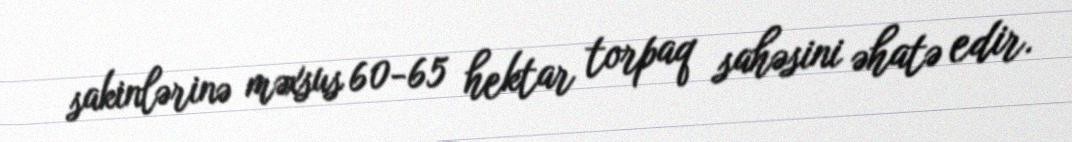
sakinlərinə məxsus 60-65 hektar torpaq sahəsini əhatə edir.